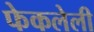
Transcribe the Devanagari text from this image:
फेकलेली